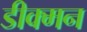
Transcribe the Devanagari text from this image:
डीक्मन